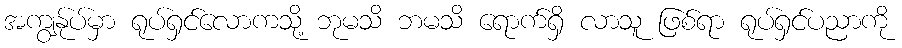
အကျွန်ုပ်မှာ ရုပ်ရှင်လောကသို့ ဘုမသိ ဘမသိ ရောက်ရှိ လာသူ ဖြစ်ရာ ရုပ်ရှင်ပညာကို